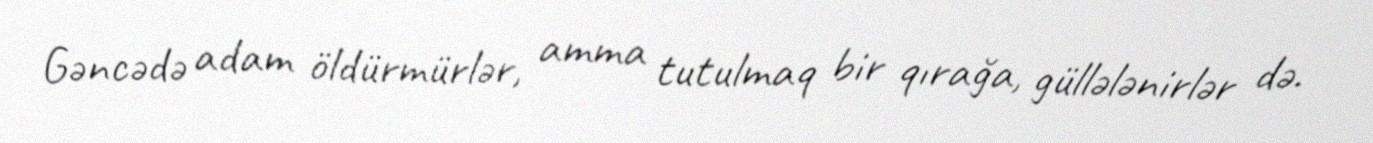
Gəncədə adam öldürmürlər, amma tutulmaq bir qırağa, güllələnirlər də.